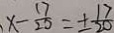
x - \frac { 1 7 } { 2 0 } = \pm \frac { 1 7 } { 2 0 }